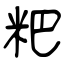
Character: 粑